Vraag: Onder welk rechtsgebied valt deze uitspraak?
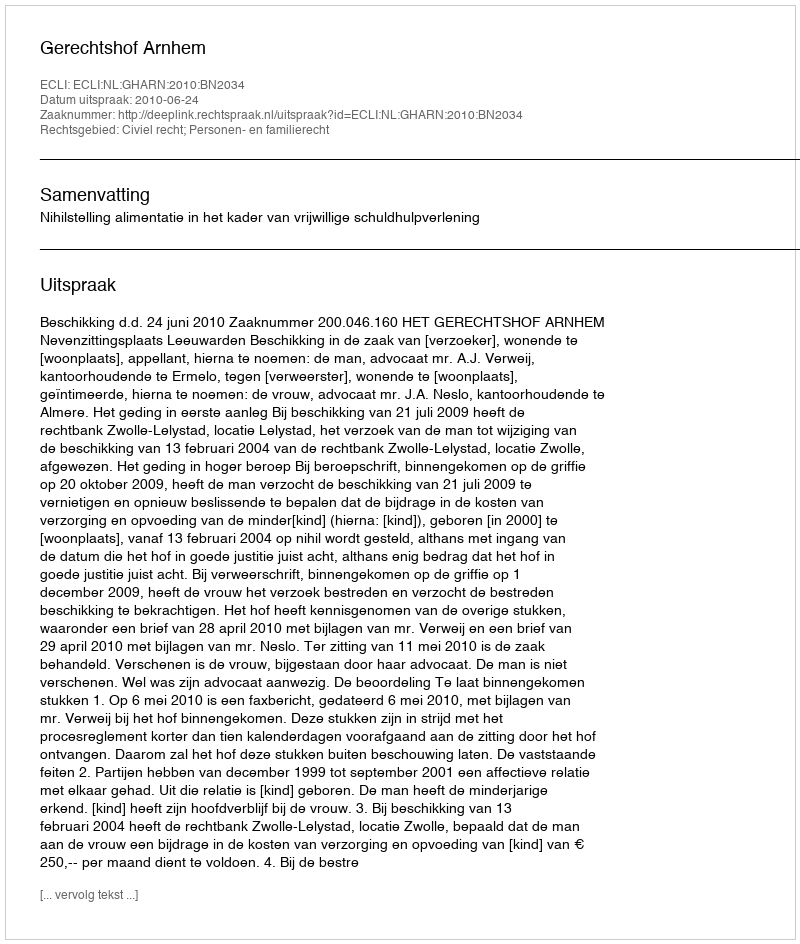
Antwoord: Civiel recht; Personen- en familierecht